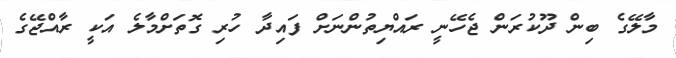
މާލޭގެ ބިން ދޫކުރަން ޖެހޭނީ ރައްޔިތުންނަށް ފައިދާ ހުރި ގޮތަށްމާލެ އަކީ ރާއްޖޭގެ